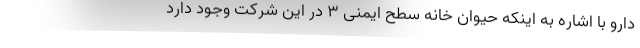
دارو با اشاره به اینکه حیوان خانه سطح ایمنی ۳ در این شرکت وجود دارد